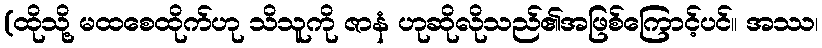
(ထိုသို့ မထစေထိုက်ဟု သိသူကို ဇာနံ ဟုဆိုလိုသည်၏အဖြစ်ကြောင့်ပင်။ အဿ၊